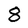
Character: 8